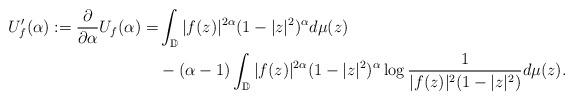
LaTeX: \begin{align*}U'_f(\alpha) := \frac{\partial}{\partial \alpha} U_f(\alpha) = & \int_{\mathbb{D}} |f(z)|^{2\alpha}(1-|z|^2)^{\alpha} d\mu(z) \\& - (\alpha-1) \int_{\mathbb{D}} |f(z)|^{2\alpha}(1-|z|^2)^{\alpha} \log\frac{1}{|f(z)|^{2}(1-|z|^2)} d\mu(z). \end{align*}